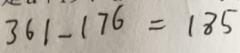
3 6 1 - 1 7 6 = 1 8 5